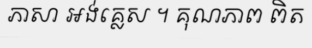
ភាសា អង់គ្លេស ។ គុណភាព ពិត